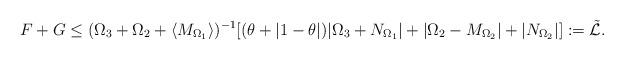
LaTeX: \begin{align*}F+G &\leq (\Omega_3+\Omega_2 + \langle M_{\Omega_1}\rangle)^{-1}[(\theta + \vert 1-\theta \vert) \vert \Omega_3+N_{\Omega_1}\vert + \vert\Omega_2 - M_{\Omega_2}\vert+\vert N_{\Omega_2}\vert]:=\tilde{\mathcal{L}}.\end{align*}